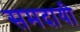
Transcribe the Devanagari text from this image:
समदायी